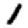
Digit: 1